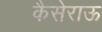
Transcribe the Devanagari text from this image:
कैसेराऊ